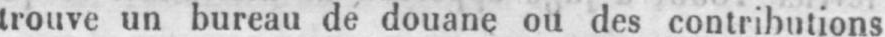
trouve un bureau de douane ou des contributions